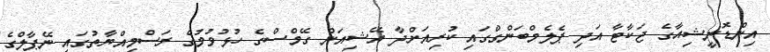
އިންޑޮނީޝިއާގެ ޖަކާޓާ އަދި ޕެލެމްބަންގްގައި ކުރިއަށްދާ އޭޝިއަން ގޭމްސްގެ ހުޅުވުމުގެ ރަސްމިއްޔާތުގައި ނޭޕާލްގެ